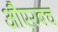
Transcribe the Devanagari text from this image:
औएरबच